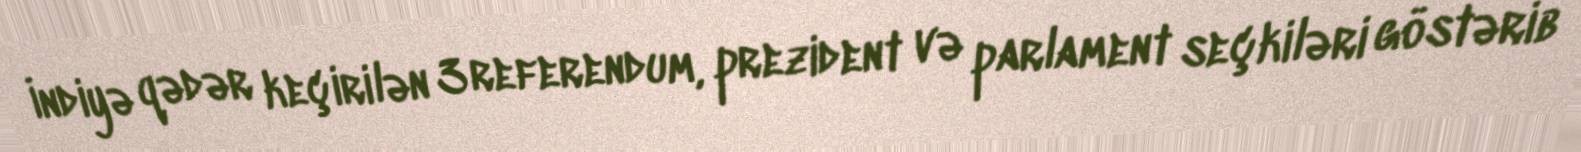
İndiyə qədər keçirilən 3 referendum, prezident və parlament seçkiləri göstərib